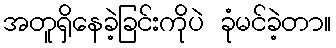
အတူရှိနေခဲ့ခြင်းကိုပဲ ခုံမင်ခဲ့တာ။